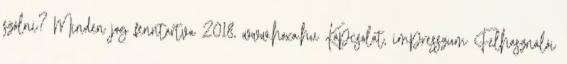
szólni? Minden jog fenntartva 2018, www.hoxa.hu Kapcsolat, impresszum Felhasználói